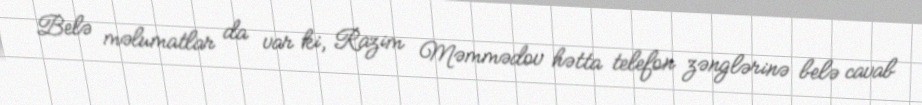
Belə məlumatlar da var ki, Razim Məmmədov hətta telefon zənglərinə belə cavab